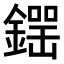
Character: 𨫘